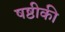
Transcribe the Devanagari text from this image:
षष्ठीकी